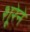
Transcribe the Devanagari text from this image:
शूरेने